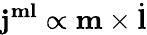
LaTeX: \mathbf{j}^{\mathbf{ml}}\propto\mathbf{m}\times\dot{\mathbf{l}}